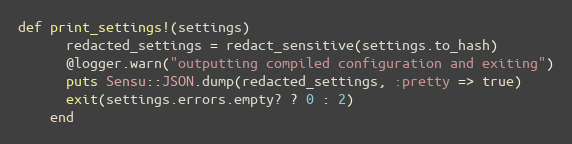
Language: Ruby
def print_settings!(settings)
      redacted_settings = redact_sensitive(settings.to_hash)
      @logger.warn("outputting compiled configuration and exiting")
      puts Sensu::JSON.dump(redacted_settings, :pretty => true)
      exit(settings.errors.empty? ? 0 : 2)
    end